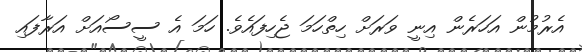
އެރުމުން އަހަރެން އިނީ ވަރަށް ހިތްހަމަ ޖެހިފައެވެ. ހަމަ އެ ސީސޯއަށް އަރާފައި